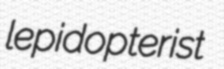
lepidopterist